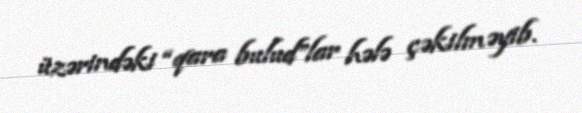
üzərindəki “qara bulud”lar hələ çəkilməyib.